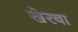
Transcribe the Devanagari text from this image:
खेरचा